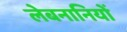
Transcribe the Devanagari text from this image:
लेबनानियों